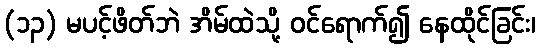
(၁၃) မပင့်ဖိတ်ဘဲ အိမ်ထဲသို့ ဝင်ရောက်၍ နေထိုင်ခြင်း၊